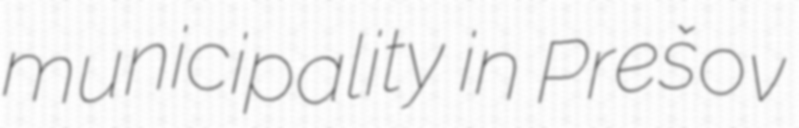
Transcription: municipality in Prešov